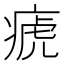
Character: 𤷡